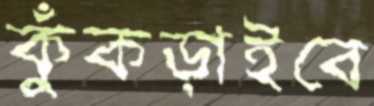
কুঁকড়াইবে